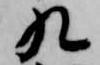
九